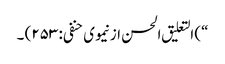
“) التعلیق الحسن از نیموی حنفی: ۲۵۳) ۔